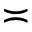
\asymp